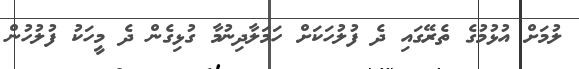
ލުމަށް އުޅުމުގެ ތެރޭގައި ދެ ފުލުހަކަށް ހަމަލާދިނުމާ ގުޅިގެން ދެ މީހަކު ފުލުހުން